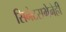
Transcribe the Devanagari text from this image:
सिनेटसभेनेही